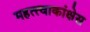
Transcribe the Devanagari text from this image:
महत्त्वाकांक्षेस